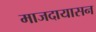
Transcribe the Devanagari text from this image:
माजदायासन